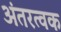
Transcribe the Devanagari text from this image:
अंतरत्वक